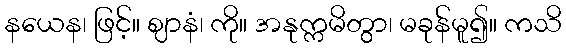
နယေန၊ ဖြင့်။ ဈာနံ၊ ကို။ အနုက္ကမိတွာ၊ မခုန်မူ၍။ ကသိ